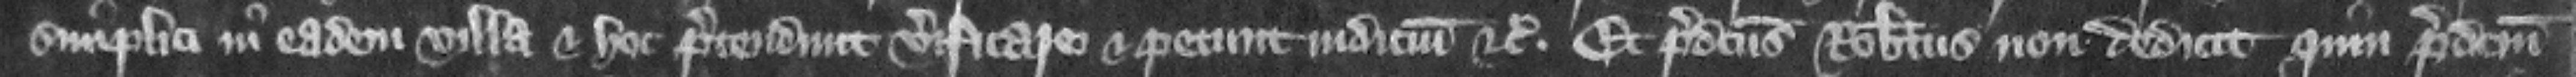
simplici in eadem villa. Et hec pretendunt verificare et petunt judicium etc. Et predictus Robertus non dedicit quin predictum